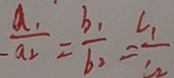
\frac { a _ { 1 } } { a _ { 2 } } = \frac { b _ { 1 } } { b _ { 2 } } = \frac { c _ { 1 } } { c _ { 2 } }